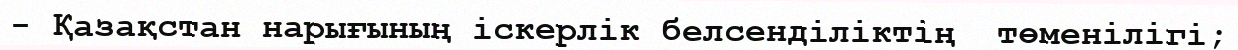
- Қазақстан нарығының іскерлік белсенділіктің  төменілігі;